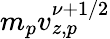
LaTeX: m_{p}v_{z,p}^{\nu+1/2}